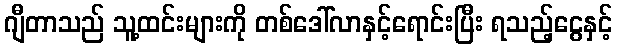
ဂျီတာသည် သူ့ထင်းများကို တစ်ဒေါ်လာနှင့်ရောင်းပြီး ရသည့်ငွေနှင့်